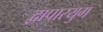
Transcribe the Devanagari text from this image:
द्वापारयुग